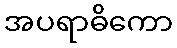
အပရာဓိကော